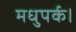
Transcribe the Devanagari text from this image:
मधुपर्क।